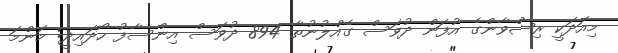
މިއަދަކީ ރިޟްވާންގެ އުފަން ދުވަސް ގެއްލުނުތާ 894 ދުވަސް އިންސާފު ހޯދައިދީ: މަންމަ